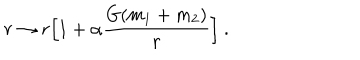
r \rightarrow r \Big [ 1 + \alpha \frac { G ( m _ { 1 } + m _ { 2 } ) } { r } \Big ] ~ .